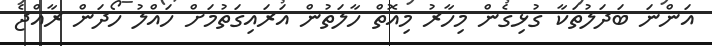
އަންނަ ބަދަލުތަކާ ގުޅިގެން މިހާރު މިއޮތް ހާލަތުން އަރައިގަތުމަށް ހައްލު ހޯދަން ރާއްޖެ